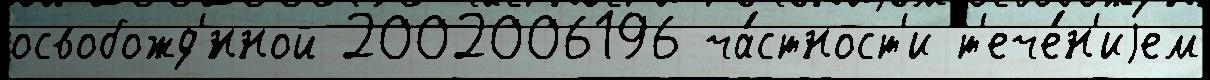
освобожд'́нной 2002006196 ча́стност'и т'ече́н'иjем